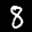
Label: 8